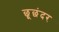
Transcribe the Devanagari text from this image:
छूछंदर